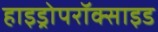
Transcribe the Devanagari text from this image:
हाइड्रोपरॉक्साइड